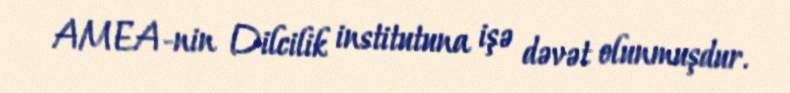
AMEA-nin Dilcilik institutuna işə dəvət olunmuşdur.